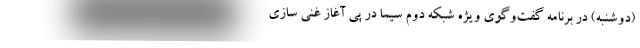
(دوشنبه) در برنامه گفت‌وگوی ویژه شبکه دوم سیما در پی آغاز غنی سازی